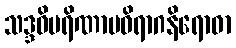
သဒ္ဒဝိပရိဏာမဝိရာဂနိရောဓာ